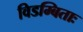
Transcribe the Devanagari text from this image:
विडम्बिताः